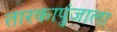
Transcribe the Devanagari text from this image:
तारकापुंजाला